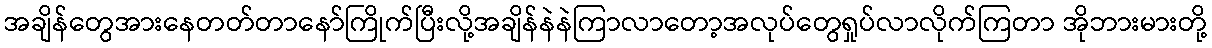
အချိန်တွေအားနေတတ်တာနော်ကြိုက်ပြီးလို့အချိန်နဲနဲကြာလာတော့အလုပ်တွေရှုပ်လာလိုက်ကြတာ အိုဘားမားတို့